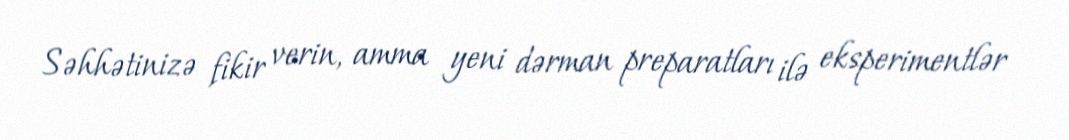
Səhhətinizə fikir verin, amma yeni dərman preparatları ilə eksperimentlər